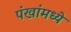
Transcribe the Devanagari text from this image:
पंखांमध्ये